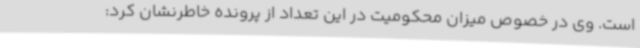
است. وی در خصوص میزان محکومیت در این تعداد از پرونده خاطرنشان کرد: